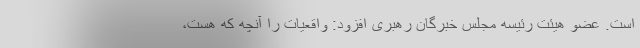
است. عضو هیئت رئیسه مجلس خبرگان رهبری افزود: واقعیات را آنچه که هست،